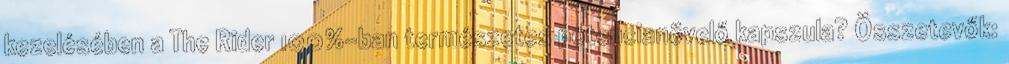
kezelésében a The Rider 100%-ban természetes potencianövelő kapszula? Összetevők: